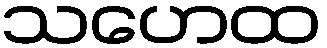
သဟေထ